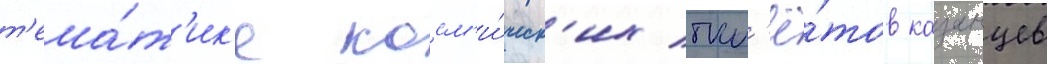
т'ема́т'ик'е косм'и́ческ'их пол'ё́тов казанцев